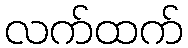
လက်ထက်